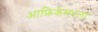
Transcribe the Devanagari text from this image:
आफ्रिकेमधला